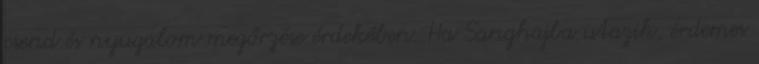
csend és nyugalom megőrzése érdekében. Ha Sanghajba utazik, érdemes